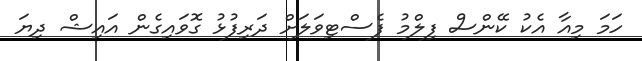
ހަމަ މިއާ އެކު ކޭންސް ފިލްމު ފެސްޓިވަލަށް ދަރިފުޅު ގޮވައިގެން އައިޝް ދިޔަ